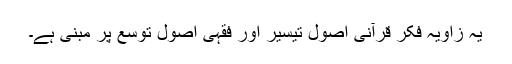
یہ زاویۂ فکر قرآنی اُصولِ تیسیر اور فقہی اُصول توسّع پر مبنی ہے۔